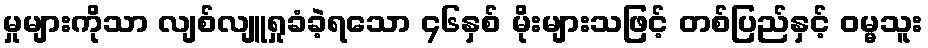
မှုများကိုသာ လျစ်လျူရှုခံခဲ့ရသော ၄၆နှစ် မိုးများသဖြင့် တစ်ပြည်နှင့် ဝမ္မသူး